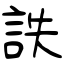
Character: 詄